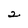
Character: 2